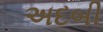
અદબી